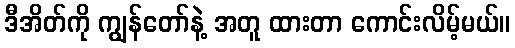
ဒီအိတ်ကို ကျွန်တော်နဲ့ အတူ ထားတာ ကောင်းလိမ့်မယ်။